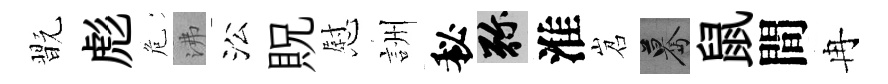
翫彪危沸㳂貺慰詶秘弥淮岧驀鼠間冉